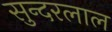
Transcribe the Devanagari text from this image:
सुन्‍दरलाल